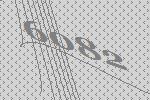
6082